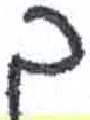
אות: ך